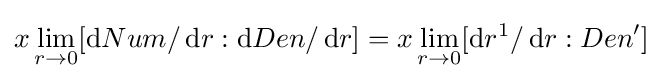
x\lim _{r\to 0}[\operatorname {d} \!{Num}/\operatorname {d} \!r:\operatorname {d} \!{Den}/\operatorname {d} \!r]=x\lim _{r\to 0}[\operatorname {d} \!{r^{1}}/\operatorname {d} \!r:{Den}']